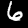
Digit: 6